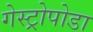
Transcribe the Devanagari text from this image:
गेस्ट्रोपोडा